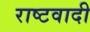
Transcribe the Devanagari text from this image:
राष्टवादी